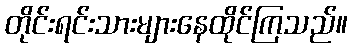
တိုင်းရင်းသားများနေထိုင်ကြသည်။